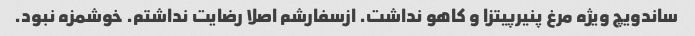
ساندویچ ویژه مرغ پنیرپیتزا و کاهو نداشت. ازسفارشم اصلا رضایت نداشتم. خوشمزه نبود.